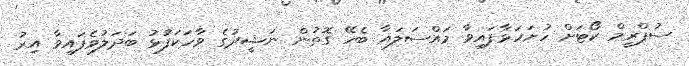
ސުޕްރީމް ކޯޓަށް ހުށަހަޅާފައިވާ މައްސަލައާ ބެހޭ ގޮތުން ނަޝީދުގެ ވާހަކަފުޅު ބަދަލުވެފައިވާ އިރު